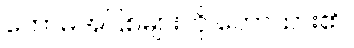
ကောဓအပြစ်များကို ဟောထား၏။